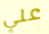
علي